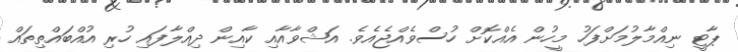
ޕާޓީ ނިއްމާލުމަށްފަހު މީހުން އެއްކޮށް ހުސްވެއްޖެއެވެ. އަޝްވާއާއި ކާއިން ދިއްލާފައި ހުރި އުއްބައްތިތައް